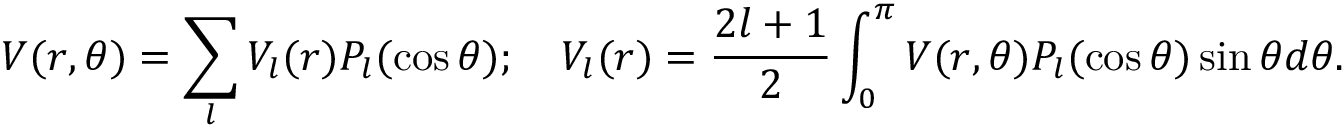
V ( r , \theta ) = \sum _ { l } V _ { l } ( r ) P _ { l } ( \cos \theta ) ; \quad V _ { l } ( r ) = \frac { 2 l + 1 } { 2 } \int _ { 0 } ^ { \pi } V ( r , \theta ) P _ { l } ( \cos \theta ) \sin \theta d \theta .